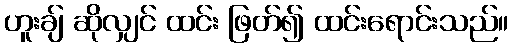
ဟူးချ် ဆိုလျှင် ထင်း ဖြတ်၍ ထင်းရောင်းသည်။